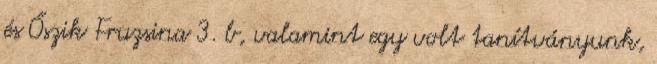
és Őszik Fruzsina 3. b, valamint egy volt tanítványunk,